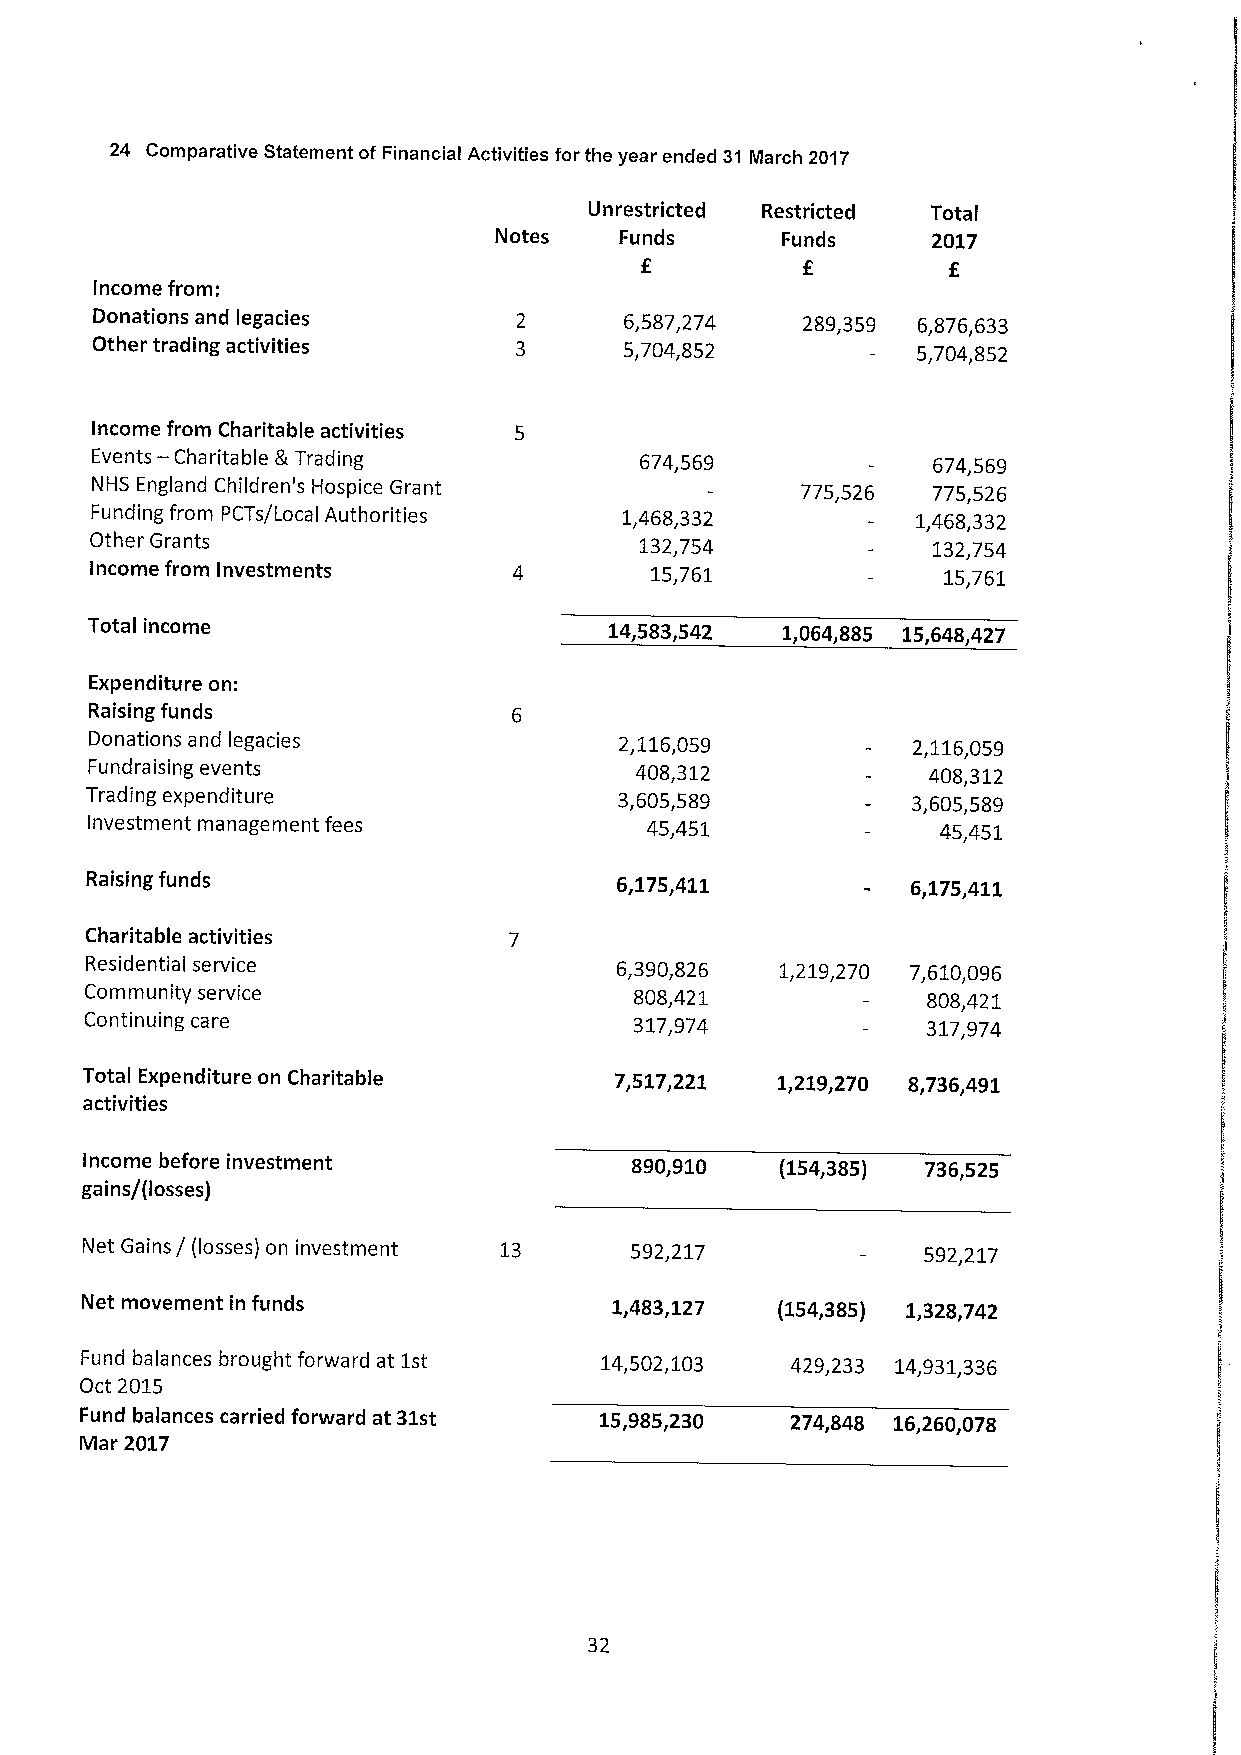
24 Comparative Statement ofFinancial Activities for the year ended 31 March 2017
 Unrestricted Restricted Total
 Notes   Funds      Funds     2017
 f          f         f
 Income from:
 Donations and legacies             6,587,274   289,359 6,876,633
 Other trading activities           5,704,852           5,704,852
 Income from Charitable activities
 —
 Events Charitable RTrading          674,569             674,569
 NHS England Children's Hospice Grant           775,526  775,526
 Funding from PCTs/Local Authorities 1,468,332          1,468,332
 Other Grants                        132,754             132,754
 Income from Investments              15,761             15,761
 Total income                      14,583,542  1,064,885 15,648,427
 Expenditure on:
 Raising funds
 Donations and legacies             2,116,059          2,116,059
 Fundraising events                  408,312            408,312
 Trading expenditure                3,605,589          3,605,589
 Investment management fees           45,451             45,451
 Raising funds                      6,175,411          6,175,411
 Charitable activities
 Residential service                6,390,826  1,219,270 7,610,096
 Community service                   808,421            808,421
 Continuing care                     317,974            317,974
 Total Expenditure on Charitable     7,517,221 1,219,270 8,736,491
 activities
 Income before investment             890,910   (154,385) 736,525
 gains/(losses)
 Net Gains / (losses) on investment 13 592,217           592,217
 Net movement in funds               1,483,127 (154,385) 1,328,742
 Fund balances brought forward at 1st 14,502,103 429,233 14,931,336
 Oct 2015
 Fund balances carried forward at 31st 15,985,230 274,848 16,260,078
 Mar 2017
 32